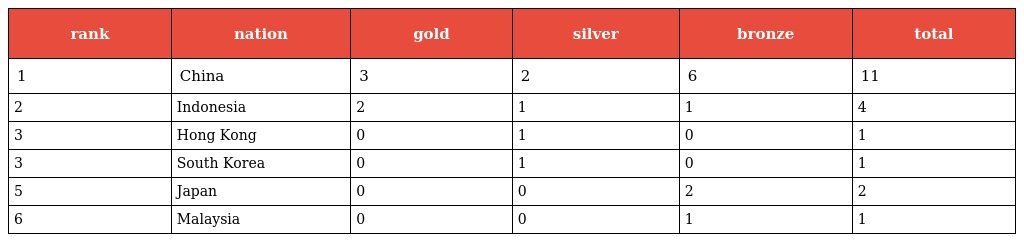
| rank | nation | gold | silver | bronze | total |
 | --- | --- | --- | --- | --- | --- |
 | 1 | China | 3 | 2 | 6 | 11 |
 | 2 | Indonesia | 2 | 1 | 1 | 4 |
 | 3 | Hong Kong | 0 | 1 | 0 | 1 |
 | 3 | South Korea | 0 | 1 | 0 | 1 |
 | 5 | Japan | 0 | 0 | 2 | 2 |
 | 6 | Malaysia | 0 | 0 | 1 | 1 |